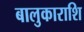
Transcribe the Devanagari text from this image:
बालुकाराशि